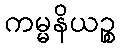
ကမ္မနိယဉ္စ